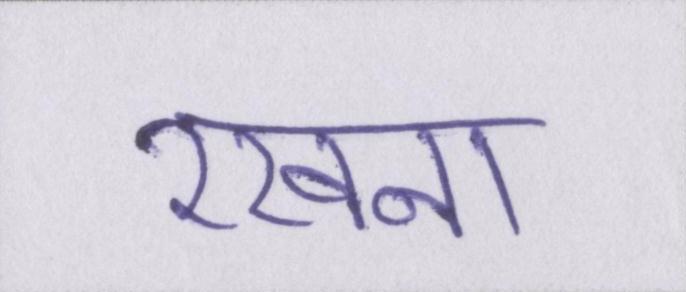
रखना